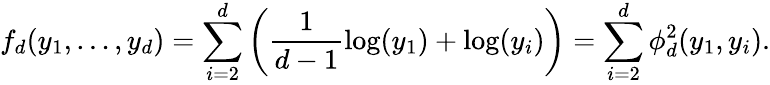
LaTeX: f_{d}(y_{1},\dots,y_{d})=\sum_{i=2}^{d}\left(\frac{1}{d-1}\log(y_{1})+\log(y_{i})\right)=\sum_{i=2}^{d}\phi_{d}^{2}(y_{1},y_{i}).